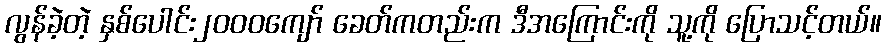
လွန်ခဲ့တဲ့ နှစ်ပေါင်း၂၀၀၀ကျော် ခေတ်ကတည်းက ဒီအကြောင်းကို သူ့ကို ပြောသင့်တယ်။